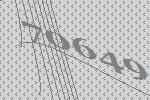
70649